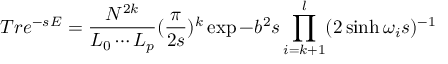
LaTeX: T r e ^ { - s E } = \frac { N ^ { 2 k } } { L _ { 0 } \cdots L _ { p } } ( \frac { \pi } { 2 s } ) ^ { k } \exp { - b ^ { 2 } s } \prod _ { i = k + 1 } ^ { l } ( 2 \sinh \omega _ { i } s ) ^ { - 1 }